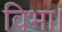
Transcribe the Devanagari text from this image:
विभा।